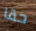
حقا